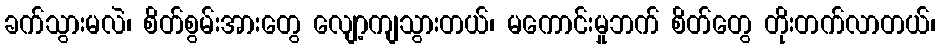
ခက်သွားမလဲ၊ စိတ်စွမ်းအားတွေ လျော့ကျသွားတယ်၊ မကောင်းမှုဘက် စိတ်တွေ တိုးတက်လာတယ်၊